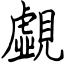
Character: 覷